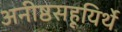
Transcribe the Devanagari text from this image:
अनीष्ठसहूयिर्थे